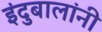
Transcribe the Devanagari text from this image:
इंदुबालांनी